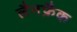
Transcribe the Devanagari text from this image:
लैनफ्रैंक